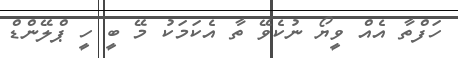
ހަފްތާ އެެއް ވީޔޯ ނުކެވޭ ތާ އެކަމަކު މޭ ބީ ހީ ޕްލޭންޑް